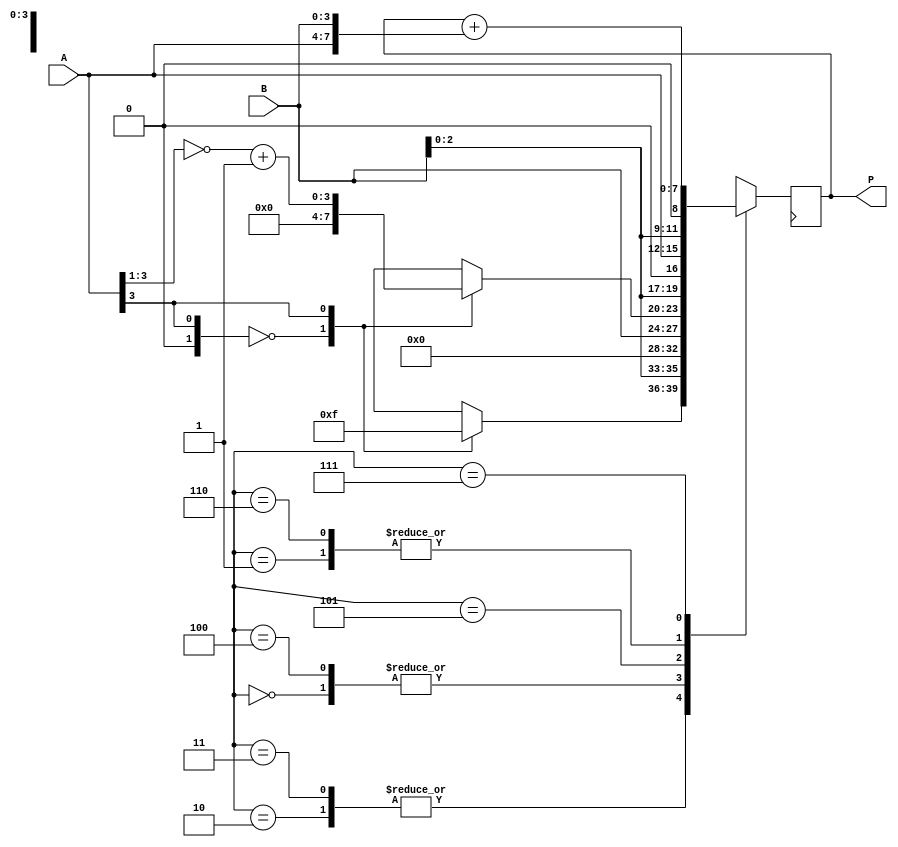
module booth_multiplier (
    input [3:0] A,
    input [3:0] B,
    output reg [7:0] P
);

reg [3:0] A_shift;
reg [3:0] B_shift;
reg [3:0] A_neg;
reg [3:0] A_bar;

reg [2:0] count;

always @(A or B) begin
  A_shift = A >> 1;
  B_shift = B << 1;
end

always @(A_shift)
begin
  case (A_shift[3:2])
    2'b00: begin
      A_neg = 4'b0000;
      A_bar = 4'b0000;
    end
    2'b01: begin
      A_neg = 4'b1111;
      A_bar = ~A_shift + 4'b0001;
    end
    2'b10: begin
      A_neg = 4'b1111;
      A_bar = ~A_shift + 4'b0001;
    end
    2'b11: begin
      A_neg = 4'b0000;
      A_bar = 4'b0000;
    end
  endcase
end

always @(posedge clk) begin
  case (count)
    3'b000: P = {4'b0000, B};
    3'b001: P = {A, B_shift};
    3'b010: P = {A_neg, B_shift};
    3'b011: P = {A_neg, B_shift};
    3'b100: P = {4'b0000, B};
    3'b101: P = {A_bar, B_shift};
    3'b110: P = {A, B_shift};
    3'b111: P = P + {A, B};
  endcase
end

endmodule